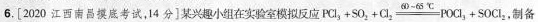
6.[2020江西南昌摸底考试，14分]某兴趣小组在实验室模拟反应 $$P C l _ { 3 } + S O _ { 2 } + C l _ { 2 } \xlongequal [ ] { 6 0 ～ 6 5 ℃ } P O C l _ { 3 } + S O C l _ { 2 }$$ ，，制备